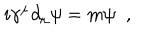
LaTeX: i \gamma ^ { \mu } \partial _ { \mu } \psi = m \psi \; \; ,